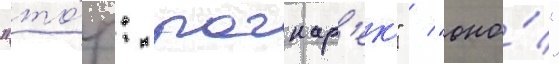
"то́р: рагнар'ек" / "оно́"